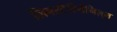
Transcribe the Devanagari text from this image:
लिबरटेरियेनिज़्म